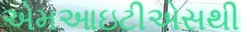
એમઆઇટીએસથી